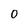
Character: 0